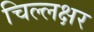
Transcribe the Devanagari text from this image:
चिल्लक्षर